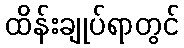
ထိန်းချုပ်ရာတွင်